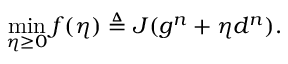
\operatorname* { m i n } _ { \eta \ge 0 } f ( \eta ) \triangleq J ( g ^ { n } + \eta d ^ { n } ) .